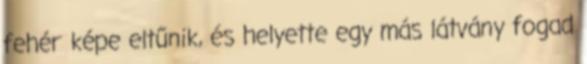
fehér képe eltűnik, és helyette egy más látvány fogad